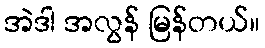
အဲဒါ အလွန် မြန်တယ်။